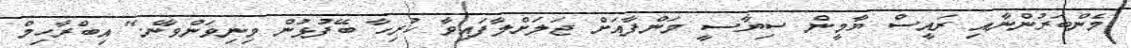
މެންބަރުންނާއި ރައީސް ޔާމީން ސިޔާސީ މަންފާއަށް ޖަލަށްލާފައިވާ ހުރިހާ ބޭފުޅުން މިނިވަންވާނެ." އިބްރާހިމް